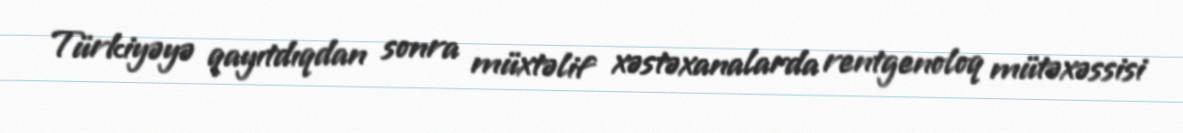
Türkiyəyə qayıtdıqdan sonra müxtəlif xəstəxanalarda rentgenoloq mütəxəssisi